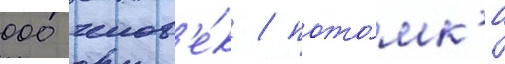
000 челов'е́к / пото́мк'и